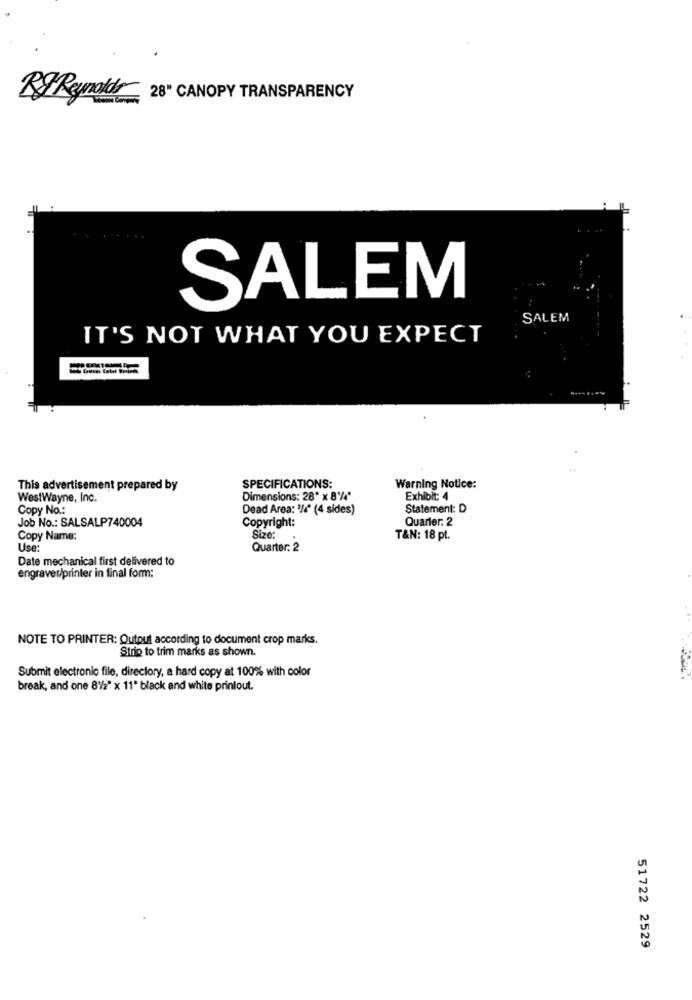
RIReynolds 28" CANOPY TRANSPARENCY
SALEM
SALEM
IT'S NOT WHAT YOU EXPECT
This advertisement prepared by
SPECIFICATIONS:
Warning Notice:
WestWayne, Inc.
Dimensions: 28" x 8'/4"
Exhibit: 4
Copy No .:
Dead Area: '/4" (4 sides)
Statement: D
Job No .: SALSALP740004
Copyright:
Quarter. 2
Copy Name:
Size:
T&N: 18 pt.
Use
Quarter: 2
Date mechanical first delivered to
engraver/printer in final form:
NOTE TO PRINTER: Output according to document crop marks.
Strip to trim marks as shown.
Submit electronic file, directory, a hard copy at 100% with color
break, and one 81/2" x 11" black and white prinlout.
51722 2529